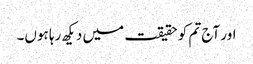
اور آج تم کو حقیقت میں دیکھ رہا ہوں۔